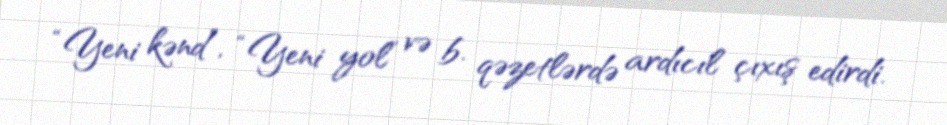
“Yeni kənd”, “Yeni yol” və b. qəzetlərdə ardıcıl çıxış edirdi.